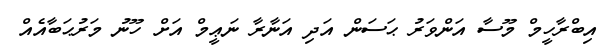
އިބްރާހީމް މޫސާ އަންވަރު ޙަސަން އަދި އަނާރާ ނަޢީމް އަށް ހޫނު މަރުޙަބާއެއް